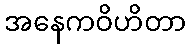
အနေကဝိဟိတာ